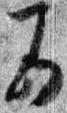
若